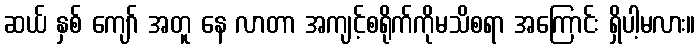
ဆယ် နှစ် ကျော် အတူ နေ လာတာ အကျင့်စရိုက်ကိုမသိစရာ အကြောင်း ရှိပါ့မလား။